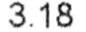
3.18